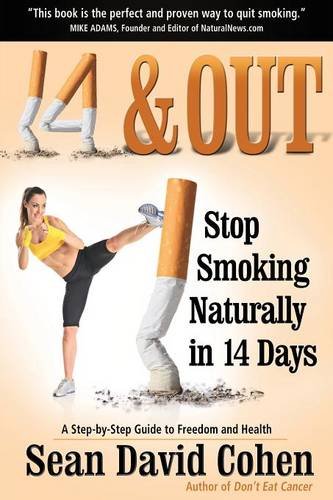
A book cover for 14 & Out: Stop Smoking Naturally in 14 Days; Sean David Cohen; Health, Fitness & Dieting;